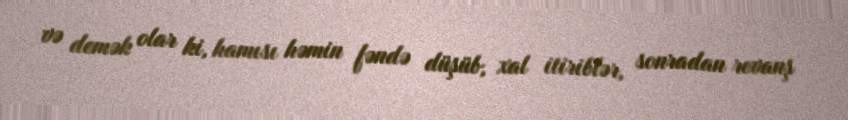
və demək olar ki, hamısı həmin fəndə düşüb, xal itiriblər, sonradan revanş